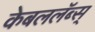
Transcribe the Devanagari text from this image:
केबललॅब्स्